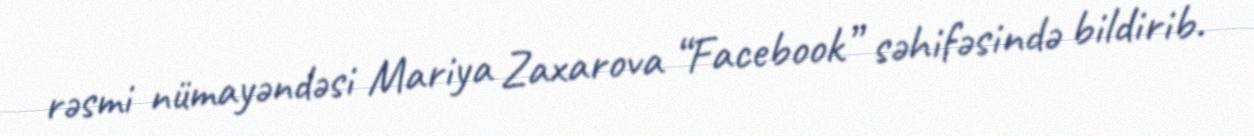
rəsmi nümayəndəsi Mariya Zaxarova “Facebook” səhifəsində bildirib.